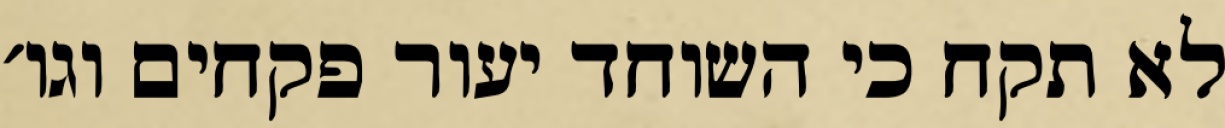
לא תקח כי השוחד יעור פקחים וגו׳